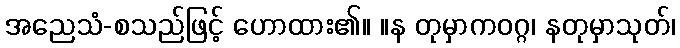
အညေသံ-စသည်ဖြင့် ဟောထား၏။ ။န တုမှာကဝဂ္ဂ၊ နတုမှာသုတ်၊